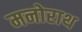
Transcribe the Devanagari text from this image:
मनोराथ